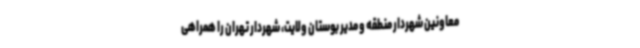
معاونین شهردار منطقه و مدیر بوستان ولایت، شهردار تهران را همراهی